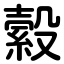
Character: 縠